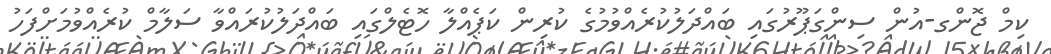
ކިމް ޖޮންގ-އުން ސިންގަޕޫރުގައި ބައްދަލުކުރެއްވުމުގެ ކުރިން ކަޕެއްލާ ހޮޓެލްގައި ބައްދަލުކުރައްވާ ސަލާމް ކުރެއްވުމަށްފަހު